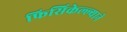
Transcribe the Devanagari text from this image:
फिसिकेल्ल्याने